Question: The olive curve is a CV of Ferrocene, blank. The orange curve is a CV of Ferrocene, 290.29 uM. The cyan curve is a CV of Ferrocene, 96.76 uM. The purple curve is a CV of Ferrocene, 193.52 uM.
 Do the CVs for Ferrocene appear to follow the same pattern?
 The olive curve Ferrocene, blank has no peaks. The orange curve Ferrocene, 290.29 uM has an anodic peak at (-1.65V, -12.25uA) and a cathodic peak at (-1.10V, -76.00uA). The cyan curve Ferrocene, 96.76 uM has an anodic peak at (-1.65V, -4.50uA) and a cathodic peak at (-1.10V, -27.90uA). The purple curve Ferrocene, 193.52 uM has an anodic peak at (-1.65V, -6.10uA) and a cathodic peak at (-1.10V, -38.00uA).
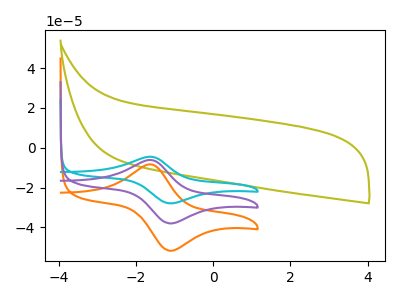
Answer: <think>"Ferrocene, blank" and "Ferrocene, 290.29 uM" have a different number of peaks. "Ferrocene, blank" and "Ferrocene, 96.76 uM" have a different number of peaks. "Ferrocene, blank" and "Ferrocene, 193.52 uM" have a different number of peaks. All the peaks in "Ferrocene, 290.29 uM" have a peak in "Ferrocene, 96.76 uM" at the same potential. All the peaks in "Ferrocene, 290.29 uM" have a peak in "Ferrocene, 193.52 uM" at the same potential. All the peaks in "Ferrocene, 96.76 uM" have a peak in "Ferrocene, 193.52 uM" at the same potential.
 </think>
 <answer>All the CV's of "Ferrocene" have similar shape.</answer>
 <eval>follow_rule</eval>